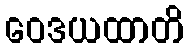
ဝေဒယထာတိ